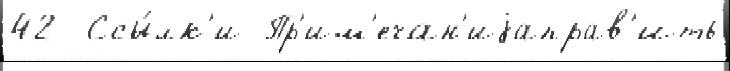
42  Ссы́лк'и Пр'им'ечан'иjаправ'ить